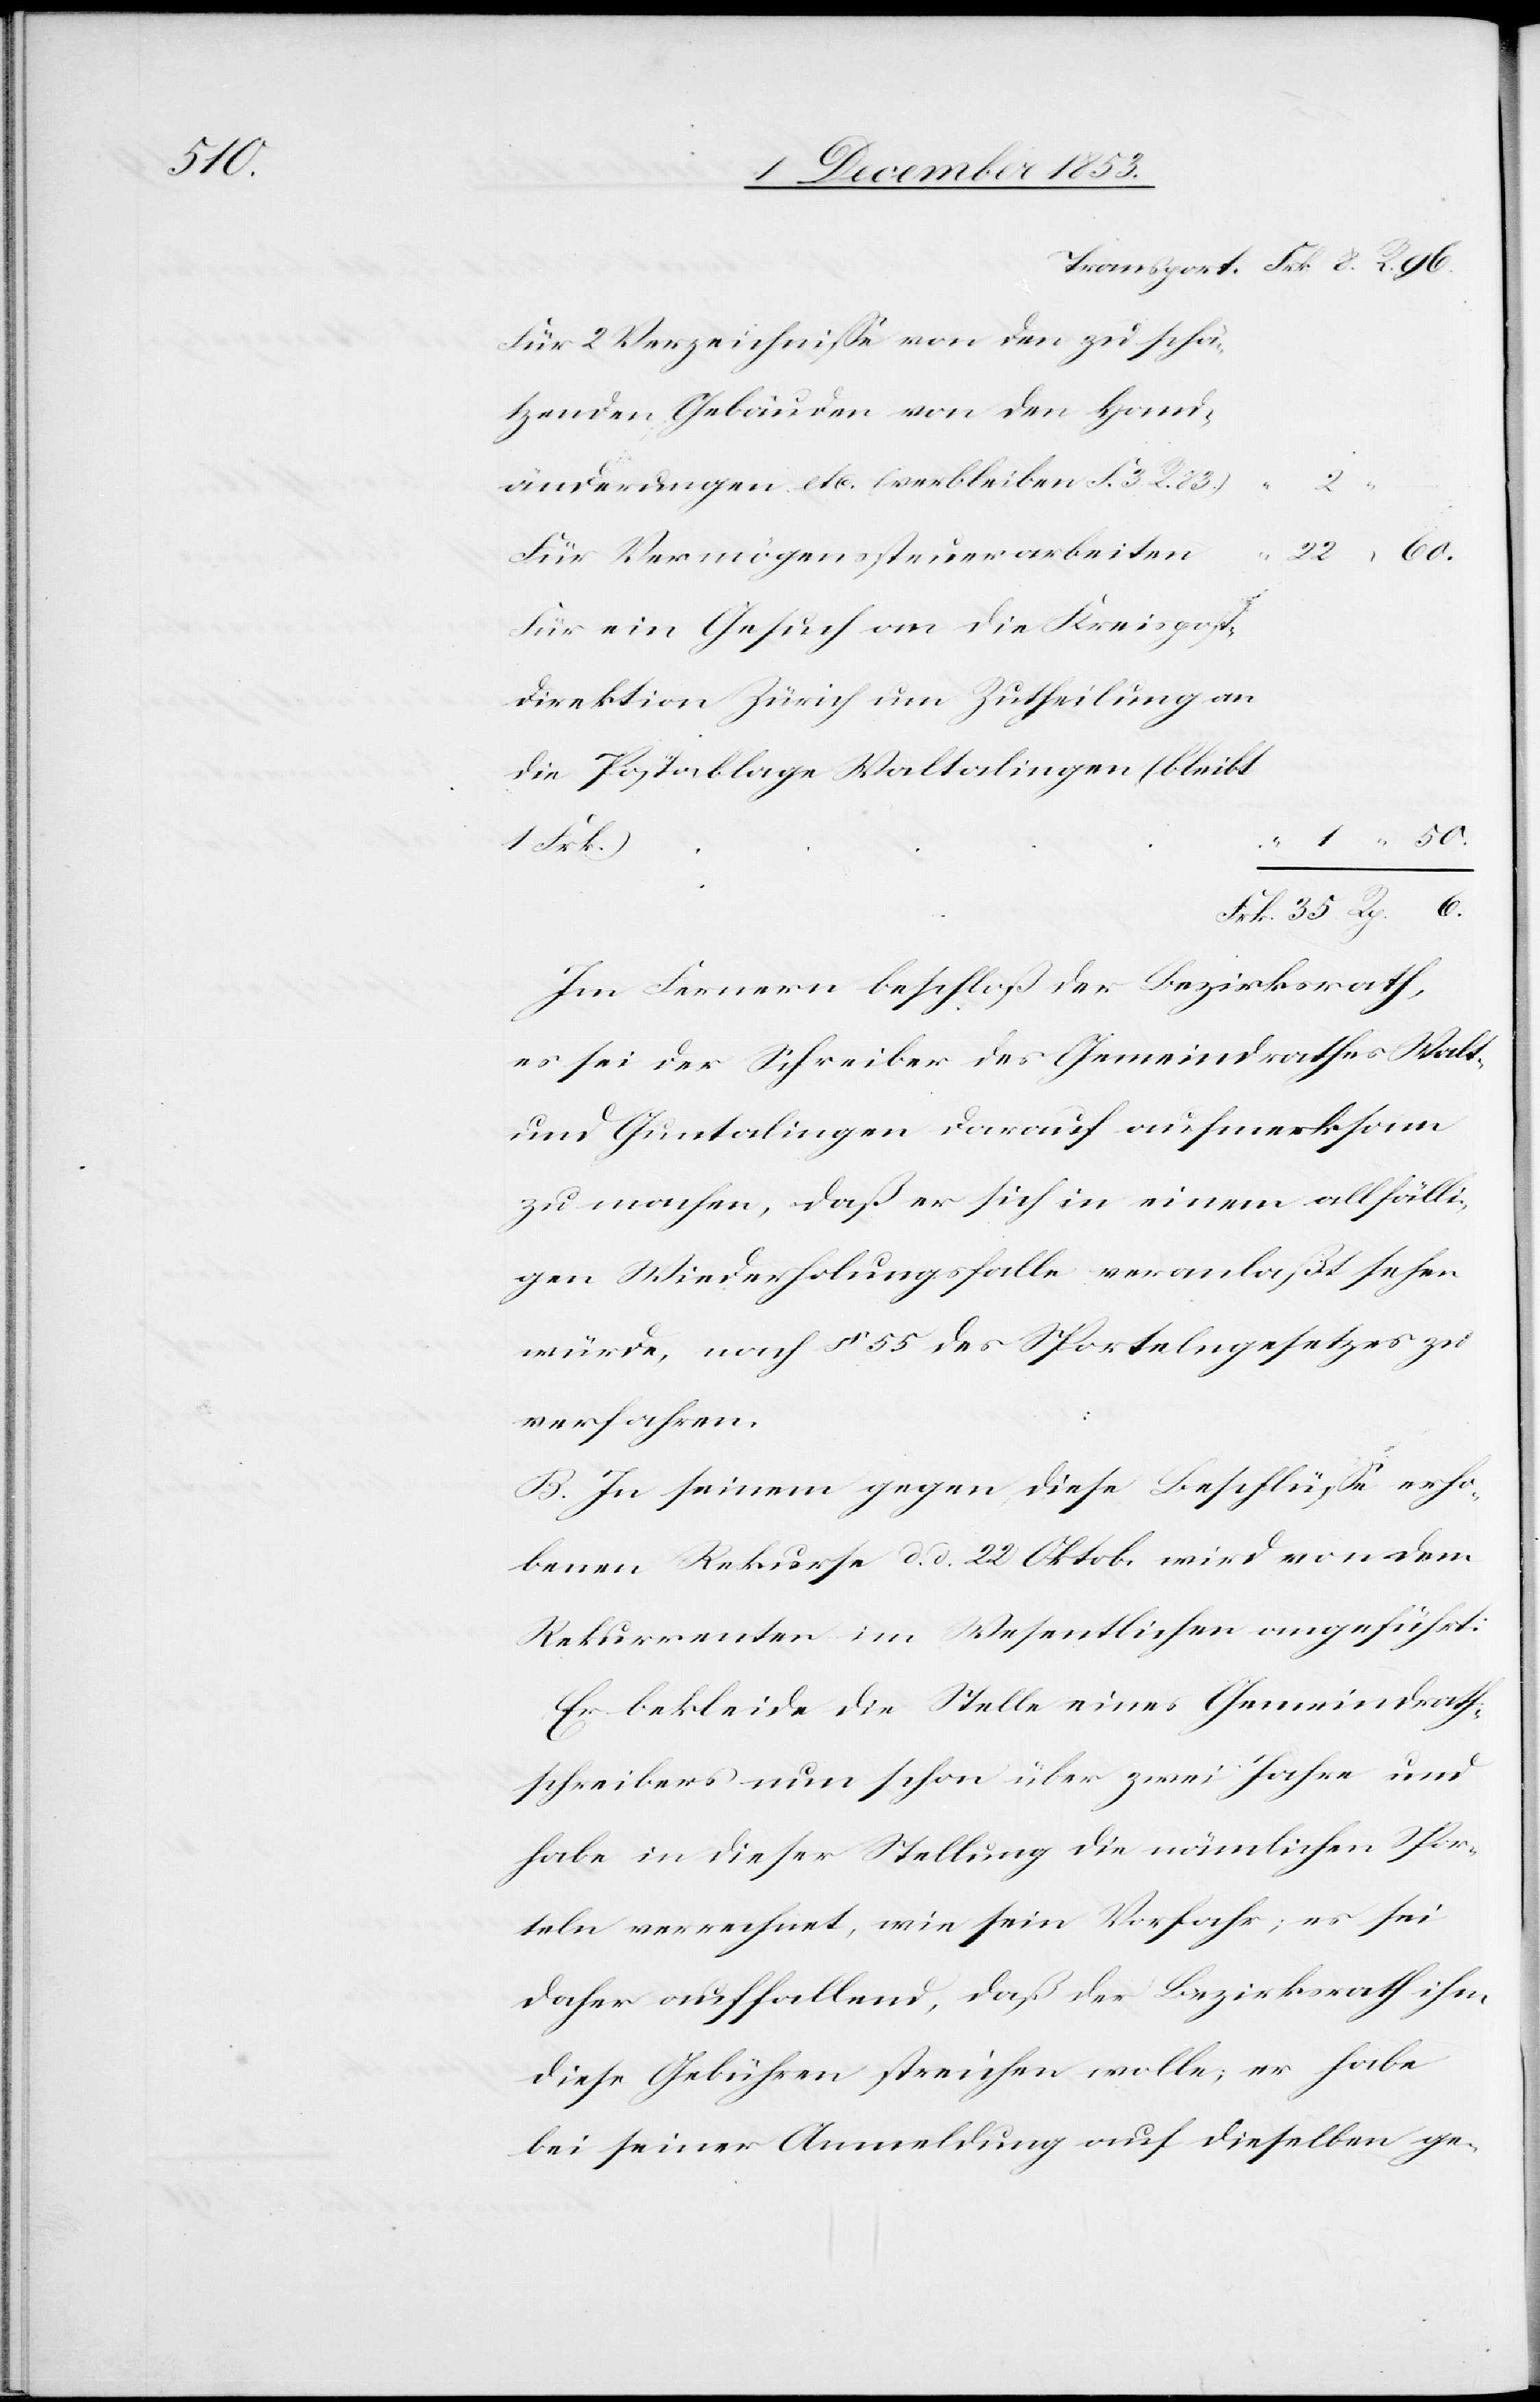
50.

Transport Frk. 8. R. 96.
Für 2 Verzeichniße von den zu schä¬
tzenden Gebäuden von den
änderungen etc. (verbleiben F. 3. R.
2.
22. “ 60.
Für ein Gesuch an die Kreis¬
direktion Zürich um Zutheilung an
Postanlage Waltalingen (bleibt
Für
Frk. 35. Rp. 6.
Im Fernern beschloß der Bezirksrath,
es sei der Schreiber des Gemeindrathes
und Guntalingen darauf aufmerksam
zu machen, daß er sich in einem allfälli¬
gen Wiederholungsfalle veranlaßt sehen
würde, nach § 55 des Sportelngesetzes zu
verfahren.
B. In seinem gegen diese Beschlüße erho¬
benen Rekurse d. d. 22 Oktob. wird von dem
Rekurrenten im Wesentlichen angeführt:
Er bekleide die Stelle eines Gemeindraths¬
schreibers nun schon über zwei Jahre und
habe in dieser Stellung die nämlichen Spor¬
teln verrechnet, wie sein Vorfahr; es sei
daher auffallend, daß der Bezirksrath ihm
diese Gebühren streichen wolle; er habe
bei seiner Anmeldung auf dieselben ge-